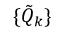
\{ \Tilde { Q } _ { k } \}